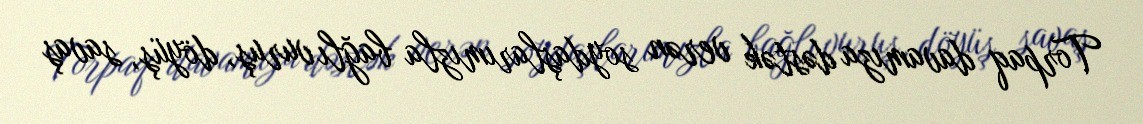
Torpaq davamıza dəstək verən soydaşlarımızla bağlı vuruş, döyüş, savaş